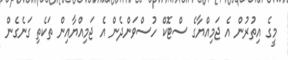
މީގެ އިތުރުން އެ ޖަމިއްޔާގެ ސްޓޮކް ހުސްވަންދެން އެ ޖަމިއްޔާއިން ތަކެތި ގަނެގެން